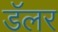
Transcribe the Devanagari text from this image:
डॅलर